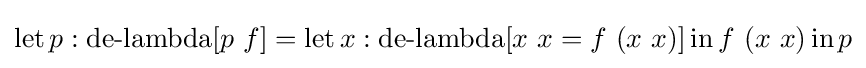
\operatorname {let} p:\operatorname {de-lambda} [p\ f]=\operatorname {let} x:\operatorname {de-lambda} [x\ x=f\ (x\ x)]\operatorname {in} f\ (x\ x)\operatorname {in} p